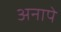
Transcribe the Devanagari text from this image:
अनापे